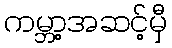
ကမ္ဘာ့အဆင့်မှီ